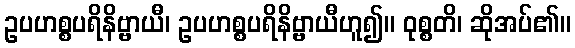
ဥပဟစ္စပရိနိဗ္ဗာယီ၊ ဥပဟစ္စပရိနိဗ္ဗာယီဟူ၍။ ဝုစ္စတိ၊ ဆိုအပ်၏။